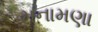
મનામણા